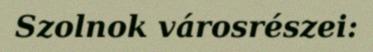
Szolnok városrészei: